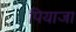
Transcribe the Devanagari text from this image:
पियाजा